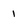
Character: 1